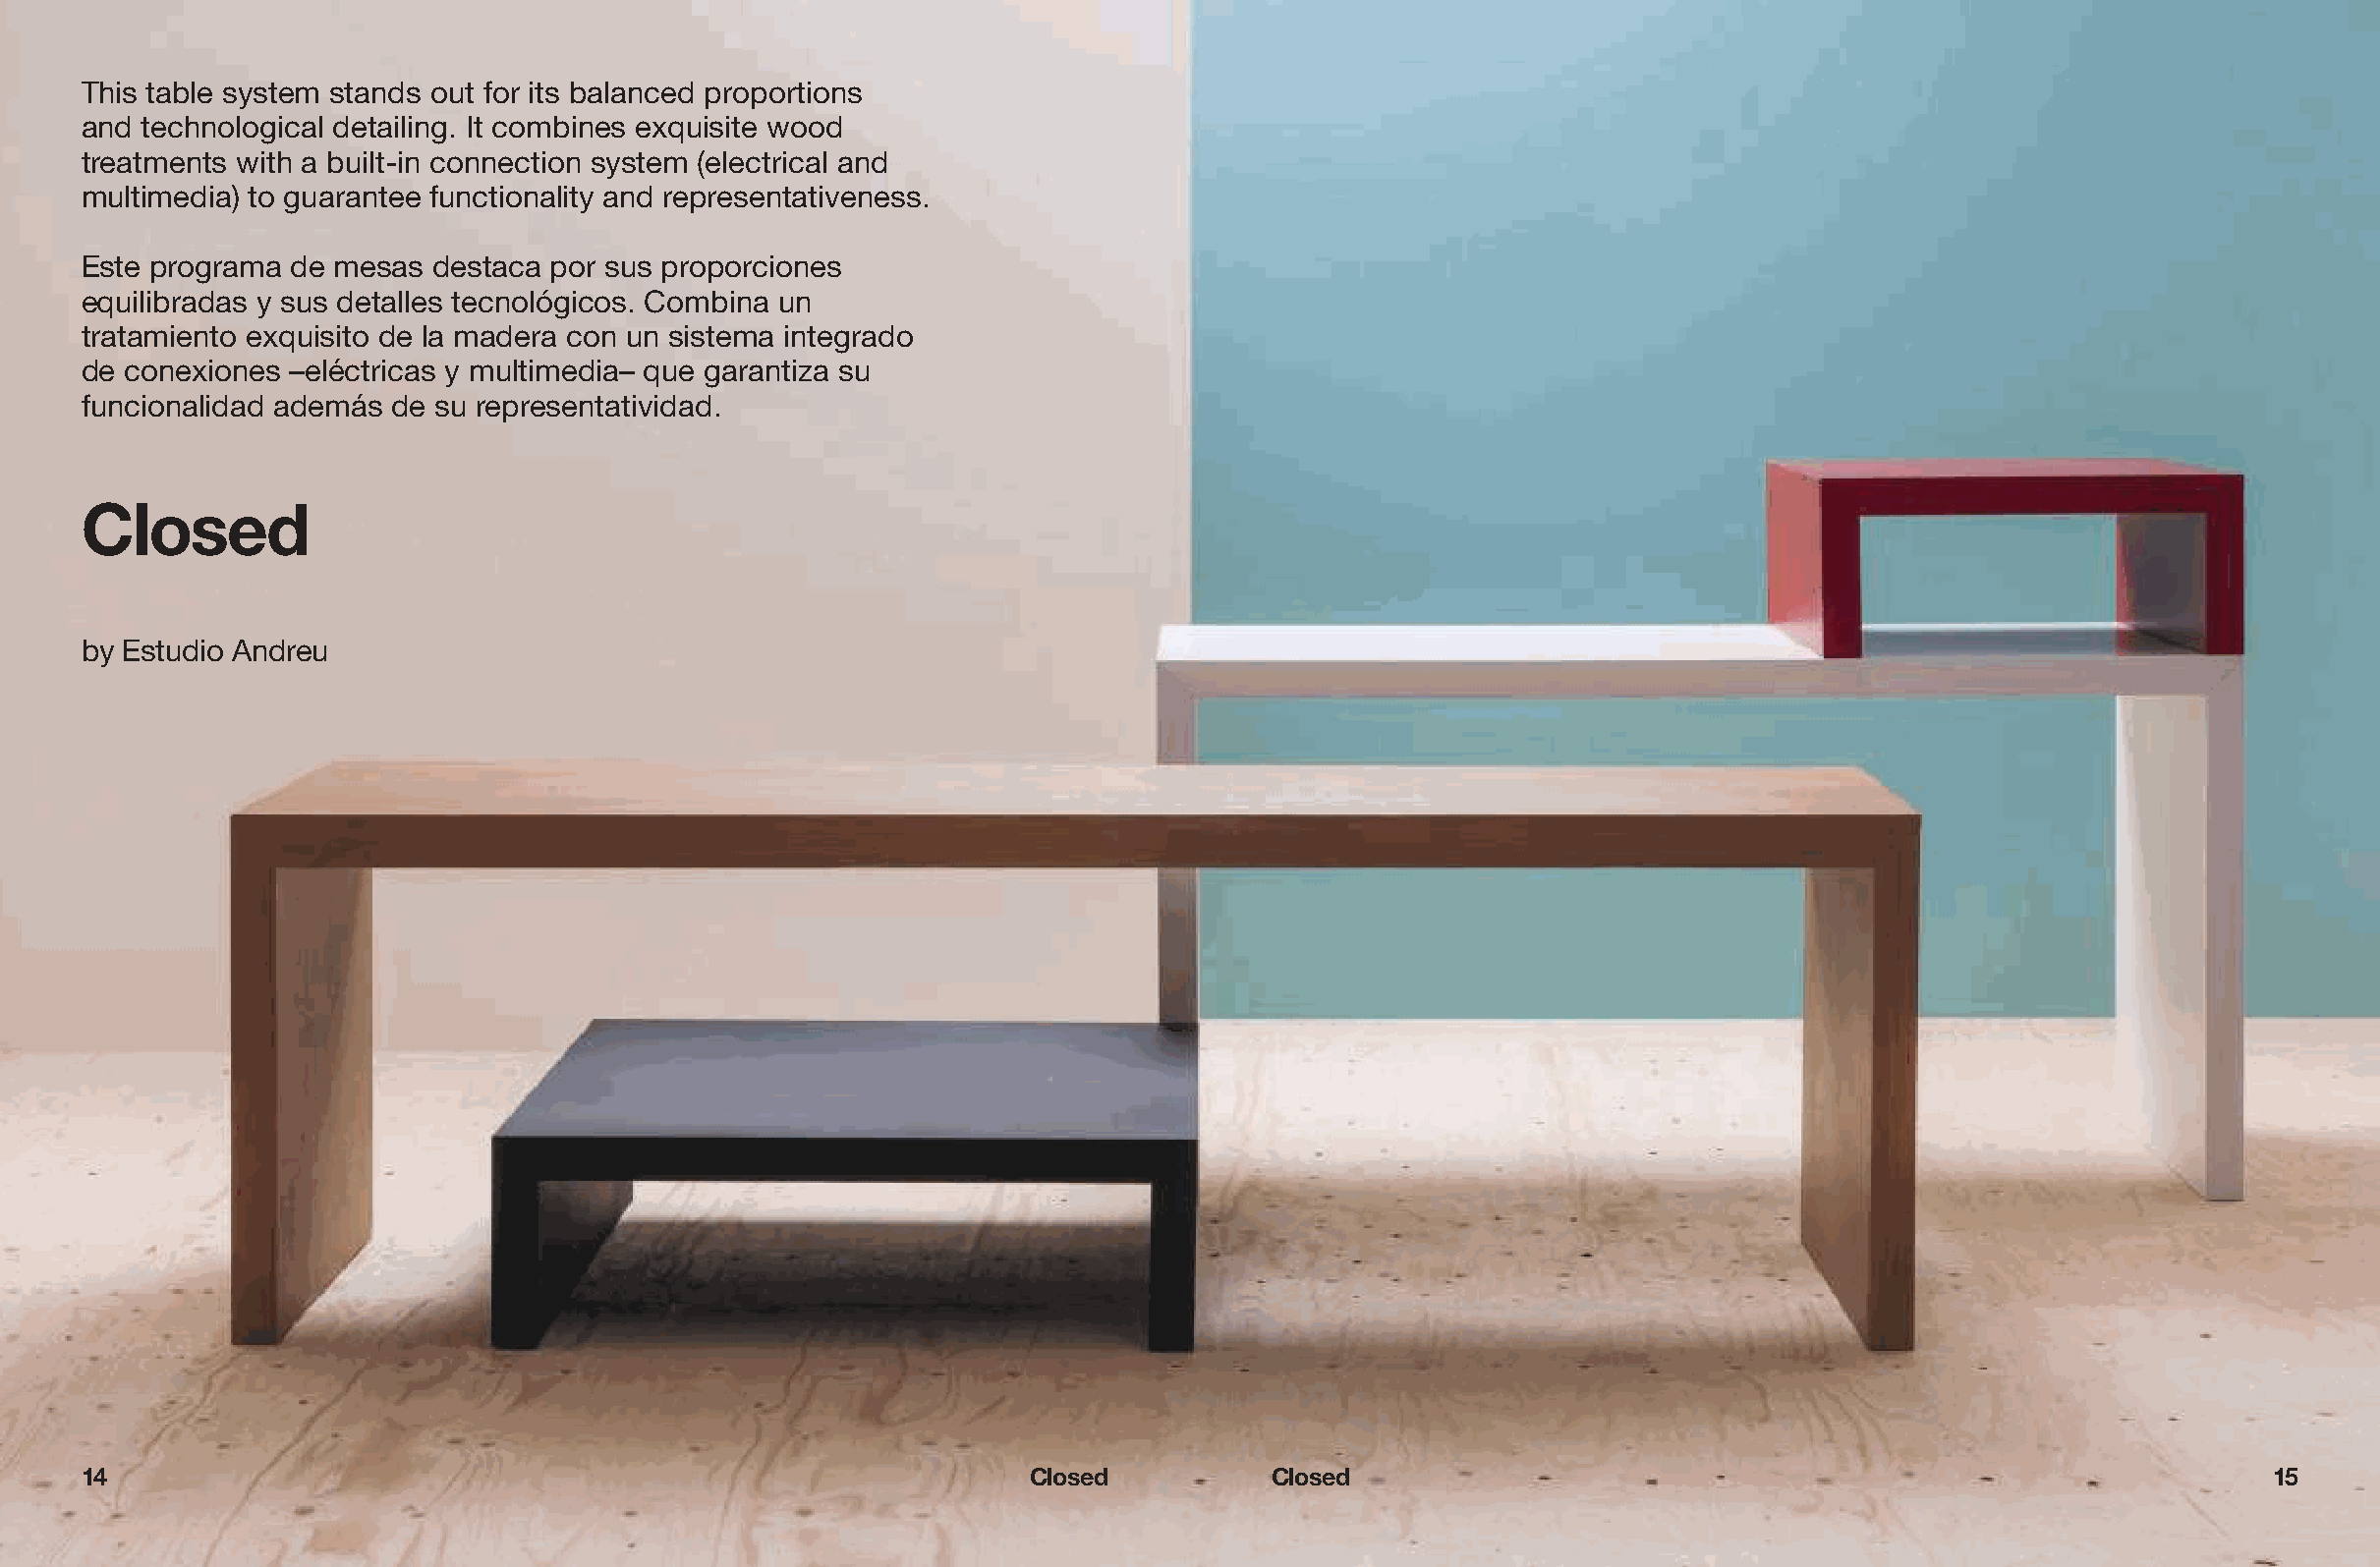
This table system stands out for its balanced proportions
 and  technological detailing. It combines exquisite wood
 treatments with a built-in connection system (electrical and
 multimedia) to guarantee functionality and representativeness.
 Este programa  de mesas destaca por sus proporciones
 equilibradas y sus detalles tecnológicos. Combina un
 tratamiento exquisito de la madera con un sistema integrado
 de conexiones  –eléctricas y multimedia– que garantiza su
 funcionalidad además de su representatividad.
 Closed
 by Estudio Andreu
 14                                                              Closed           Closed                                                             15